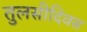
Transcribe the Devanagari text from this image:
तुलसीदिवस